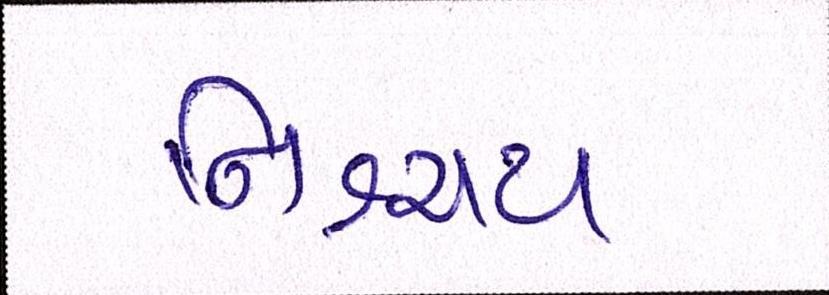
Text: નિશ્ચય